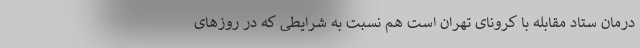
درمان ستاد مقابله با کرونای تهران است هم نسبت به شرایطی که در روزهای